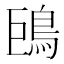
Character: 𩿝